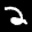
Label: 2